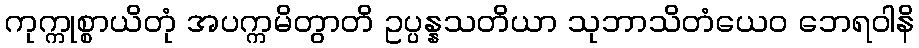
ကုက္ကုစ္စာယိတုံ အပက္ကမိတွာတိ ဥပ္ပန္နသတိယာ သုဘာသိတံယေဝ ဘေရဝါနိ